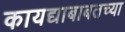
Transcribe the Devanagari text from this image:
कायद्याबाबतच्या